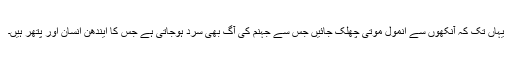
یہاں تک کہ آنکھوں سے انمول موتی چھلک جائیں جس سے جہنم کی آگ بھی سرد ہوجاتی ہے جس کا ایندھن انسان اور پتھر ہیں۔